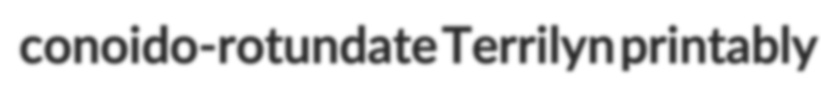
conoido-rotundate Terrilyn printably